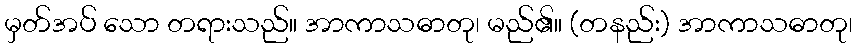
မှတ်အပ် သော တရားသည်။ အာကာသဓာတု၊ မည်၏။ (တနည်း) အာကာသဓာတု၊